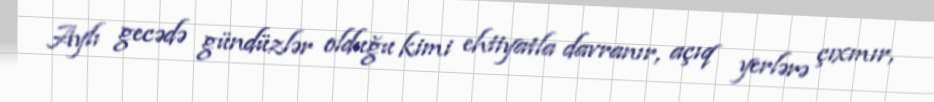
Aylı gecədə gündüzlər olduğu kimi ehtiyatla davranır, açıq yerlərə çıxmır,